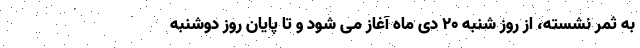
به ثمر نشسته، از روز شنبه ۲۰ دی ماه آغاز می شود و تا پایان روز دوشنبه